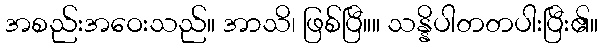
အစည်းအဝေးသည်။ အာသိ၊ ဖြစ်ပြီ။။ သန္နိပါတတပါးပြီး၏။